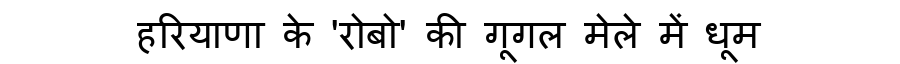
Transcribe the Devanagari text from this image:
हरियाणा के 'रोबो' की गूगल मेले में धूम